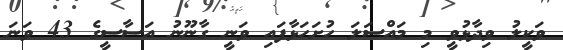
ވަކީލު ވިދާޅުވީ މި މައްސަލަ ހުށަހަޅާފައި ވަނީ ގާނޫނު އަސާސީގެ 43 ވަނަ